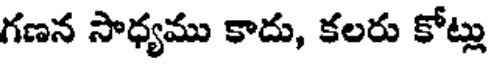
గణన సాధ్యము కాదు, కలరు కోట్లు